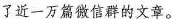
了近一万篇微信群的文章。